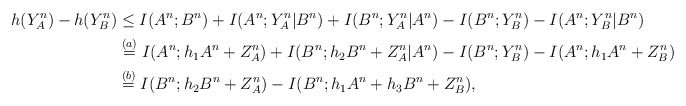
\begin{align*}h(Y_A^n)-h(Y_B^n) &\leq I(A^n;B^n) + I(A^n;Y_A^n|B^n) + I(B^n;Y_A^n|A^n) - I(B^n;Y_B^n) - I(A^n;Y_B^n|B^n) \\&\stackrel{(a)}{=} I(A^n;h_1 A^n + Z_A^n) + I(B^n;h_2 B^n+Z_A^n|A^n) - I(B^n;Y_B^n) - I(A^n; h_1 A^n +Z_B^n)\\&\stackrel{(b)}{=} I(B^n;h_2 B^n+Z_A^n) - I(B^n;h_1 A^n + h_3 B^n+Z_B^n),\end{align*}